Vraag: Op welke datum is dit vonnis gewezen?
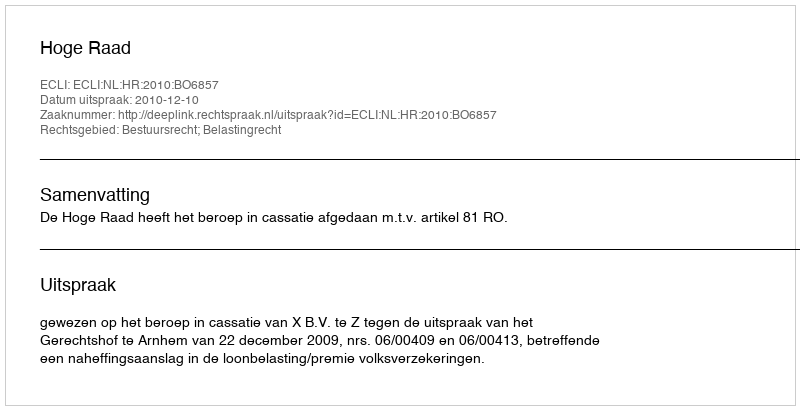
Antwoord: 2010-12-10